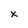
Character: X